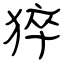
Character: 猝